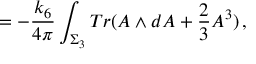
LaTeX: = - \frac { k _ { 6 } } { 4 \pi } \int _ { \Sigma _ { 3 } } T r ( A \wedge d A + \frac { 2 } { 3 } A ^ { 3 } ) \, ,